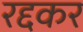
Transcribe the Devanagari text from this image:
रद्दकर